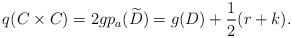
LaTeX: \begin{align*}q(C\times C)=2g p_a(\widetilde{D})=g(D)+\frac{1}{2}(r+k).\end{align*}